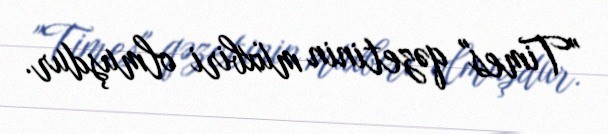
"Times" qəzetinin müxbiri olmuşdur.